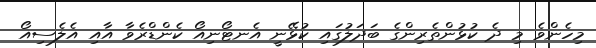
މިހެންވެ މި ދެ ކުޅުންތެރިންގެ ބަދަލުގައި ކުޅޭނީ އެނޓޯނިއޯ ކެންޑްރެވާ އާއި އެލެސިއޯ